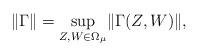
LaTeX: \begin{align*} \| \Gamma \| = \underset{Z,W \in \Omega_\mu} \sup \| \Gamma(Z,W) \|,\end{align*}